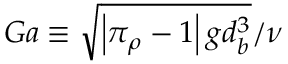
G a \equiv \sqrt { \left| \pi _ { \rho } - 1 \right| g d _ { b } ^ { 3 } } / \nu